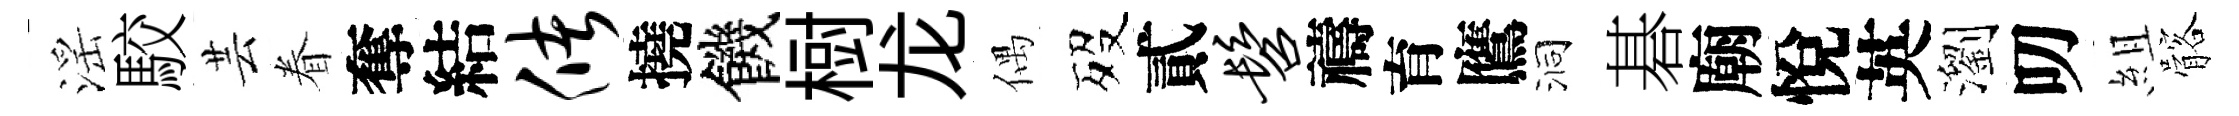
滛駮芸眷奪結储撓饑𣗳龙偶歿貳髫禱育鷹洞碁廟悅英瀏叨組髂